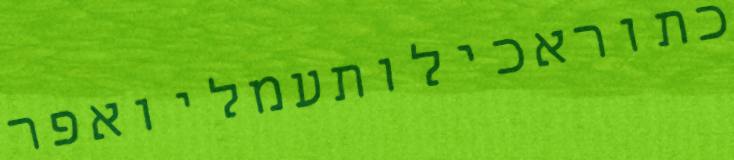
כתוראכילותעמליואפר